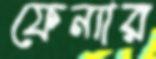
ফেন্যার